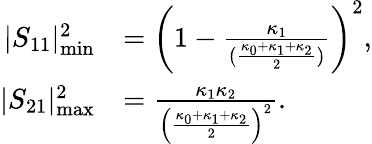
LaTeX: \begin{array}{rl}{|S_{11}|_{\mathrm{min}}^{2}}&{=\left(1-\frac{\kappa_{1}}{(\frac{\kappa_{0}+\kappa_{1}+\kappa_{2}}{2})}\right)^{2},}\\ {|S_{21}|_{\mathrm{max}}^{2}}&{=\frac{\kappa_{1}\kappa_{2}}{\left(\frac{\kappa_{0}+\kappa_{1}+\kappa_{2}}{2}\right)^{2}}.}\end{array}